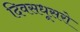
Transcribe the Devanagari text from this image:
दिवसधूसरो